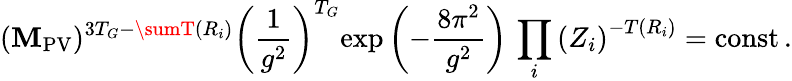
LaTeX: (\mathbf{M}_{\mathrm{{PV}}})^{3T_{G}-\sumT(R_{i})}\left(\frac{{1}}{{g^{2}}}\right)^{T_{G}}\! \exp\left(-\frac{{8\pi^{2}}}{{g^{2}}}\right)\, \prod_{i}\left(Z_{i}\right)^{-T(R_{i})}=\mathrm{{const}}\, .